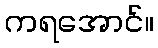
ကရအောင်။